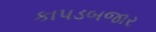
કાપડબજાર